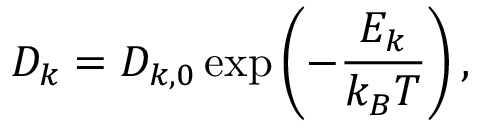
D _ { k } = D _ { k , 0 } \exp \left( - \frac { E _ { k } } { k _ { B } T } \right) ,